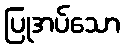
ပြုအပ်သော